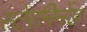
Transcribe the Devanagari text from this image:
स्टेरनिनेंड